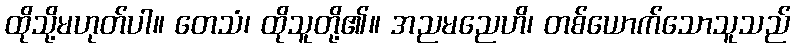
ထိုသို့မဟုတ်ပါ။ တေသံ၊ ထိုသူတို့၏။ အညမညေဟိ၊ တစ်ယောက်သောသူသည်